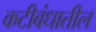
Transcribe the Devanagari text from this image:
कटीबंधातील